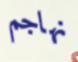
نهاجم